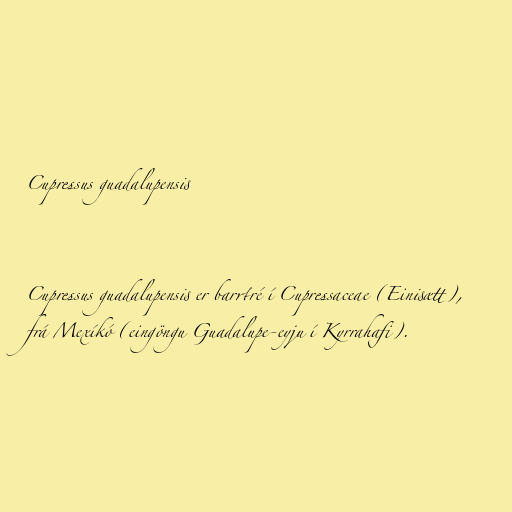
Cupressus guadalupensis

Cupressus guadalupensis er barrtré í Cupressaceae (Einisætt),
frá Mexíkó (eingöngu Guadalupe-eyju í Kyrrahafi).